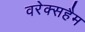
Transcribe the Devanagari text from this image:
वरेक्सहैम